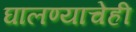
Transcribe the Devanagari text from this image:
घालण्‍याचेही